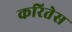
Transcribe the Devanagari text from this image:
करितेस